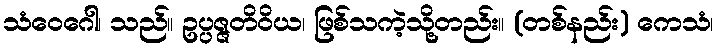
သံဝေဂေါ၊ သည်။ ဥပ္ပဇ္ဇတိဝိယ၊ ဖြစ်သကဲ့သို့တည်း။ (တစ်နည်း) ကေသံ၊